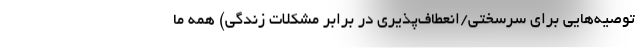
توصیه‌هایی برای سرسختی/انعطاف‌پذیری در برابر مشکلات زندگی) همه ما